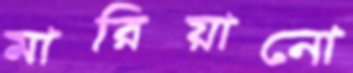
মারিয়ানো